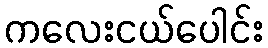
ကလေးငယ်ပေါင်း